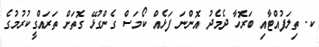
ކ. ތިލަފުއްޓާއި ބަރޮހާ ދެމެދު އޮންނަ ފަޅެއް ކޯމަސް ގެންގުޅޭ ގޮތަށް ތަރައްގީކުރުމުގެ